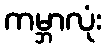
ကမ္ဘာလုံး